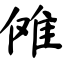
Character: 傩